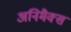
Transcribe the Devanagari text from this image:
अनिमैक्स